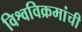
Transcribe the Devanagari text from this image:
विश्वविक्रमांची